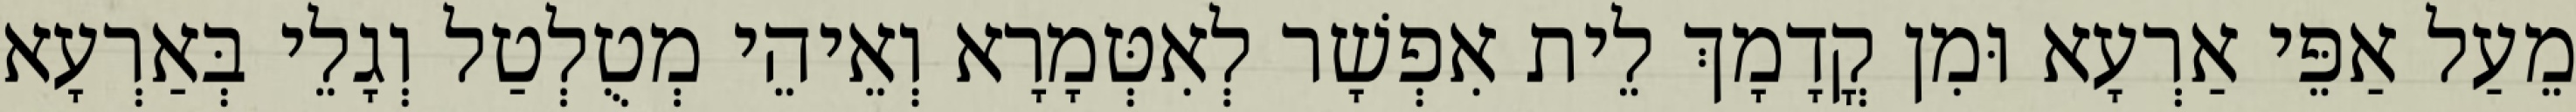
מֵעַל אַפֵּי אַרְעָא וּמִן קֳדָמָךְ לֵית אִפְשָׁר לְאִטְּמָרָא וְאֵיהֵי מְטֻלְטַל וְגָלֵי בְּאַרְעָא